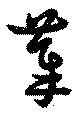
菶